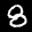
Label: 8